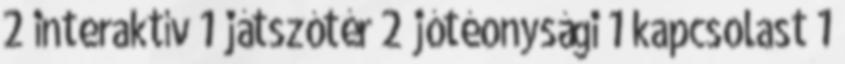
2 interaktív 1 játszótér 2 jótéonysági 1 kapcsolast 1